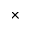
\times